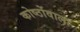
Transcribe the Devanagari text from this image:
कोष्ठोंवाला